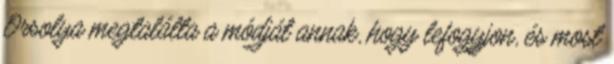
Orsolya megtalálta a módját annak, hogy lefogyjon, és most